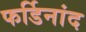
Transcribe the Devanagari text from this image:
फर्डिनांद